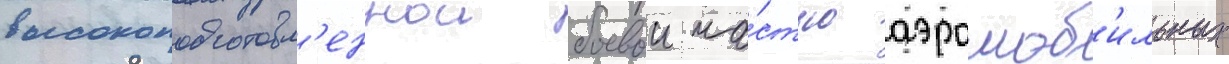
высокоподготовл'еннои боевои ча́стью аэромоб'ильных